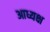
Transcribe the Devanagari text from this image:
आध्यक्ष